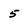
Character: 5